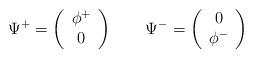
LaTeX: \begin{align*}\Psi^+=\left(\begin{array}{c} \phi^+\\0 \end{array}\right)\qquad\Psi^-=\left(\begin{array}{c} 0\\\phi^- \end{array}\right)\end{align*}